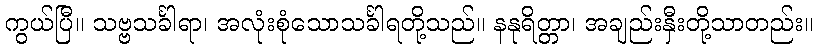
ကွယ်ပြီ။ သဗ္ဗသင်္ခါရာ၊ အလုံးစုံသောသင်္ခါရတို့သည်။ နနုရိတ္တာ၊ အချည်းနှီးတို့သာတည်း။